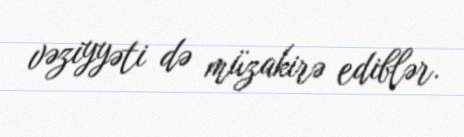
vəziyyəti də müzakirə ediblər.